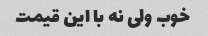
خوب ولی نه با این قیمت